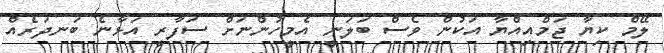
ލޭމް ކިޔާ ޖަމްއިއްޔާ އަކުން ވެސް ބަލަނީ އެމީހުންނަށް ސަފާރީ އަޅާނެ ބަނދަރެއް